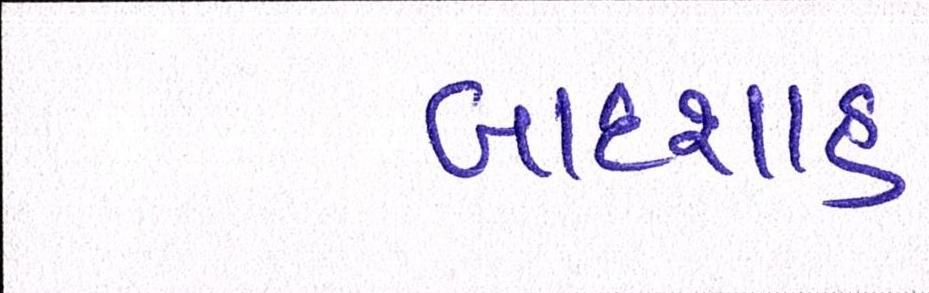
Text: બાદશાહ